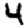
Digit: 4